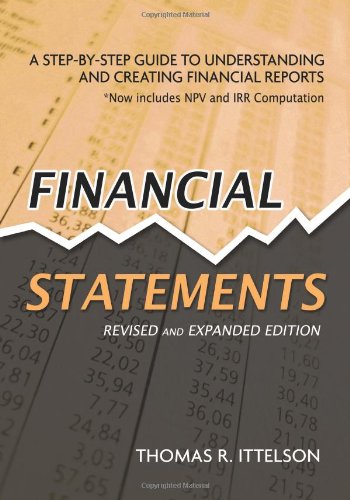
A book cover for Financial Statements: A Step-by-Step Guide to Understanding and Creating Financial Reports; Thomas R. Ittelson; Business & Money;